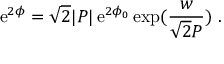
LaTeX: { \mathrm { e } } ^ { 2 \phi } = \sqrt { 2 } | P | \, { \mathrm { e } } ^ { 2 \phi _ { 0 } } \, \mathrm { e x p } ( \frac { w } { \sqrt { 2 } P } ) \ .